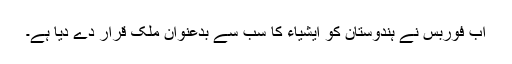
اب فوربس نے ہندوستان کو ایشیاء کا سب سے بدعنوان ملک قرار دے دیا ہے۔